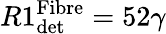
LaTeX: R1_{\textrm{det}}^{\textrm{Fibre}}=52\gamma